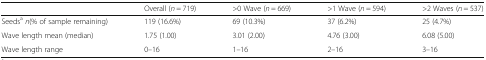
<table><thead><tr><td></td><td><b>Overall (<i>n</i> = 719)</b></td><td><b>&gt;0 Wave (<i>n</i> = 669)</b></td><td><b>&gt;1 Wave (<i>n</i> = 594)</b></td><td><b>&gt;2 Waves (<i>n</i> = 537)</b></td></tr></thead><tbody><tr><td>Seeds<sup>a</sup><i>n</i>(% of sample remaining)</td><td>119 (16.6%)</td><td>69 (10.3%)</td><td>37 (6.2%)</td><td>25 (4.7%)</td></tr><tr><td>Wave length mean (median)</td><td>1.75 (1.00)</td><td>3.01 (2.00)</td><td>4.76 (3.00)</td><td>6.08 (5.00)</td></tr><tr><td>Wave length range</td><td>0–16</td><td>1–16</td><td>2–16</td><td>3–16</td></tr></tbody></table>